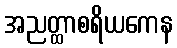
အညတ္ထာစရိယကေန